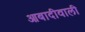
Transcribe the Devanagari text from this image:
आबादीवाली